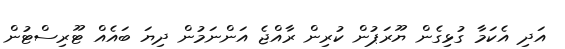
އަދި އެކަމާ ގުޅިގެން ޔޫރަޕުން ކުރިން ރާއްޖެ އަންނަމުން ދިޔަ ބައެއް ޓޫރިސްޓުން